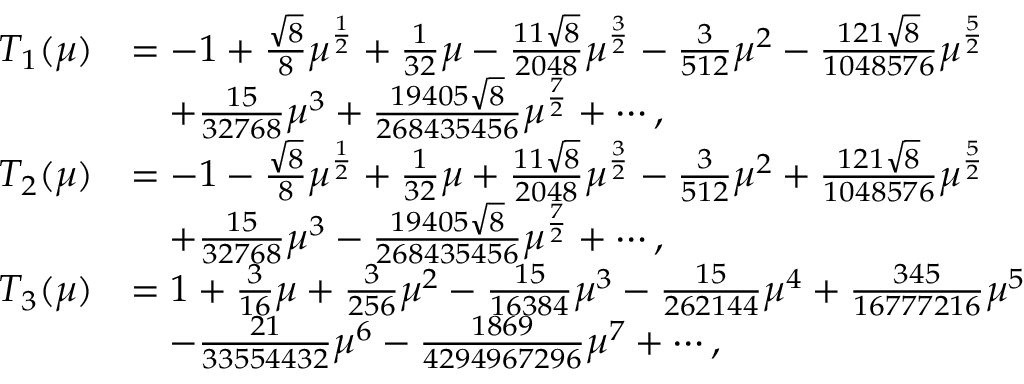
\begin{array} { r l } { T _ { 1 } ( \mu ) } & { = - 1 + \frac { \sqrt { 8 } } { 8 } \mu ^ { \frac 1 2 } + \frac { 1 } { 3 2 } \mu - \frac { 1 1 \sqrt { 8 } } { 2 0 4 8 } \mu ^ { \frac 3 2 } - \frac { 3 } { 5 1 2 } \mu ^ { 2 } - \frac { 1 2 1 \sqrt { 8 } } { 1 0 4 8 5 7 6 } \mu ^ { \frac 5 2 } } \\ & { \quad + \frac { 1 5 } { 3 2 7 6 8 } \mu ^ { 3 } + \frac { 1 9 4 0 5 \sqrt { 8 } } { 2 6 8 4 3 5 4 5 6 } \mu ^ { \frac 7 2 } + \cdots , } \\ { T _ { 2 } ( \mu ) } & { = - 1 - \frac { \sqrt { 8 } } { 8 } \mu ^ { \frac 1 2 } + \frac { 1 } { 3 2 } \mu + \frac { 1 1 \sqrt { 8 } } { 2 0 4 8 } \mu ^ { \frac 3 2 } - \frac { 3 } { 5 1 2 } \mu ^ { 2 } + \frac { 1 2 1 \sqrt { 8 } } { 1 0 4 8 5 7 6 } \mu ^ { \frac 5 2 } } \\ & { \quad + \frac { 1 5 } { 3 2 7 6 8 } \mu ^ { 3 } - \frac { 1 9 4 0 5 \sqrt { 8 } } { 2 6 8 4 3 5 4 5 6 } \mu ^ { \frac 7 2 } + \cdots , } \\ { T _ { 3 } ( \mu ) } & { = 1 + \frac { 3 } { 1 6 } \mu + \frac { 3 } { 2 5 6 } \mu ^ { 2 } - \frac { 1 5 } { 1 6 3 8 4 } \mu ^ { 3 } - \frac { 1 5 } { 2 6 2 1 4 4 } \mu ^ { 4 } + \frac { 3 4 5 } { 1 6 7 7 7 2 1 6 } \mu ^ { 5 } } \\ & { \quad - \frac { 2 1 } { 3 3 5 5 4 4 3 2 } \mu ^ { 6 } - \frac { 1 8 6 9 } { 4 2 9 4 9 6 7 2 9 6 } \mu ^ { 7 } + \cdots \hfill , } \end{array}